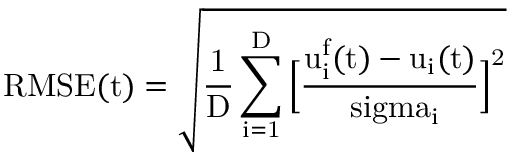
\mathrm { R M S E ( t ) = \sqrt { \frac { 1 } { D } \sum _ { i = 1 } ^ { D } \Big [ \frac { u _ { i } ^ { f } ( t ) - u _ { i } ( t ) } { \ s i g m a _ { i } } \Big ] ^ { 2 } } }